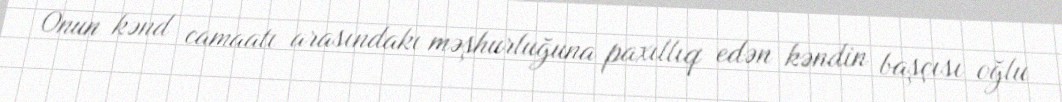
Onun kənd camaatı arasındakı məşhurluğuna paxıllıq edən kəndin başçısı oğlu